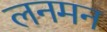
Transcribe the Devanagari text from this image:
लनमन